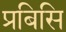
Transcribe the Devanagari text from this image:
प्रबिसि